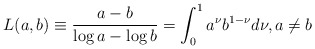
\begin{align*} L(a,b) \equiv \frac{a-b}{\log a-\log b}= \int _0^1 a^{\nu} b^{1-\nu} d\nu, a \neq b\end{align*}